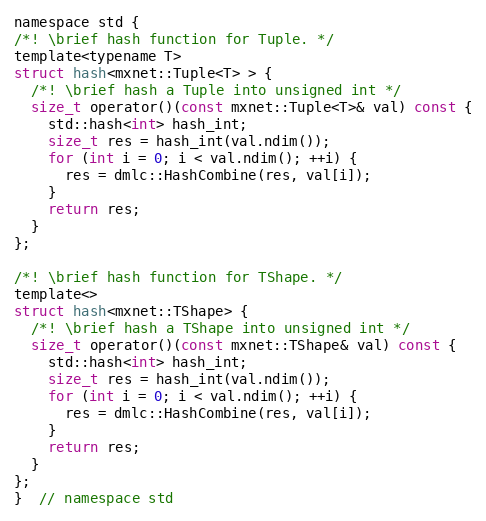
Language: C
namespace std {
/*! \brief hash function for Tuple. */
template<typename T>
struct hash<mxnet::Tuple<T> > {
  /*! \brief hash a Tuple into unsigned int */
  size_t operator()(const mxnet::Tuple<T>& val) const {
    std::hash<int> hash_int;
    size_t res = hash_int(val.ndim());
    for (int i = 0; i < val.ndim(); ++i) {
      res = dmlc::HashCombine(res, val[i]);
    }
    return res;
  }
};

/*! \brief hash function for TShape. */
template<>
struct hash<mxnet::TShape> {
  /*! \brief hash a TShape into unsigned int */
  size_t operator()(const mxnet::TShape& val) const {
    std::hash<int> hash_int;
    size_t res = hash_int(val.ndim());
    for (int i = 0; i < val.ndim(); ++i) {
      res = dmlc::HashCombine(res, val[i]);
    }
    return res;
  }
};
}  // namespace std